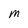
Character: M